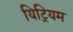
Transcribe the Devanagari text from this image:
यिट्रियम